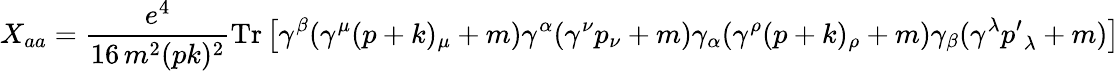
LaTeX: X_{aa}={\frac{e^{4}}{16\, m^{2}(pk)^{2}}}\mathrm{Tr}\left[\gamma^{\beta}(\gamma^{\mu}(p+k)_{\mu}+m)\gamma^{\alpha}(\gamma^{\nu}p_{\nu}+m)\gamma_{\alpha}(\gamma^{\rho}(p+k)_{\rho}+m)\gamma_{\beta}(\gamma^{\lambda}{p^{\prime}}_{\lambda}+m)\right]